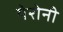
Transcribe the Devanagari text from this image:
येरोनी